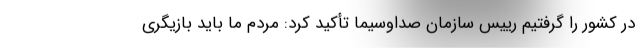
در کشور را گرفتیم رییس سازمان صداوسیما تأکید کرد: مردم ما باید بازیگری